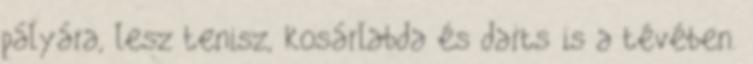
pályára, lesz tenisz, kosárlabda és darts is a tévében.